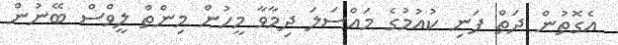
އެގޮތުން ދަތް ފަނި ކުއުމުގެ މައްސަލަ ދިމާވާ މީހުން މިންތް ލީވްސް ބޭނުން